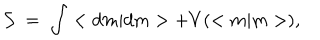
LaTeX: { \cal S } \; = \; \int < d m | d m > + V ( < m | m > ) ,